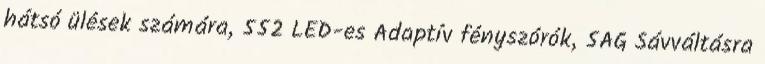
hátsó ülések számára, 552 LED-es Adaptív fényszórók, 5AG Sávváltásra